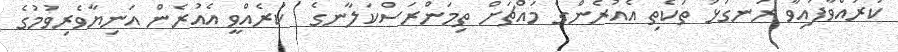
ކުރައްވާފައިވާ ރަނގަޅު ތަކެތި އެއުރެންގެ މައްޗަށް ތިމަންރަސްކަލާނގެ  ކުރެއްވީ އެއުރެން އަނިޔާވެރިވުމުގެ